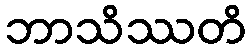
ဘာသိဿတိ